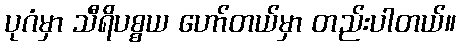
ပုဂံမှာ သီရိပစ္စယ ဟော်တယ်မှာ တည်းပါတယ်။